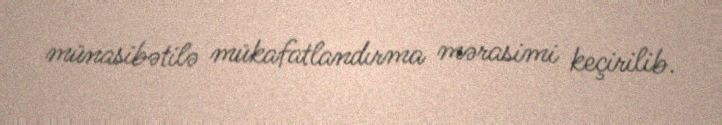
münasibətilə mükafatlandırma mərasimi keçirilib.